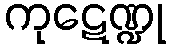
ကုဋေဏ္ဍု